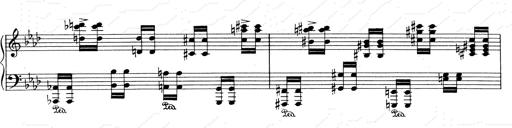
Title: Weinen, Klagen, Sorgen, Zagen
Composer: Franz Liszt